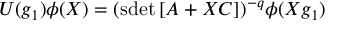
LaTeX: U ( g _ { 1 } ) \phi ( X ) = ( \mathrm { s d e t } \, [ A + X C ] ) ^ { - q } \phi ( X g _ { 1 } )